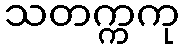
သတက္ကကု